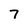
Character: 7